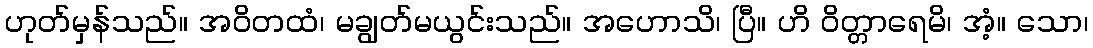
ဟုတ်မှန်သည်။ အဝိတထံ၊ မချွတ်မယွင်းသည်။ အဟောသိ၊ ပြီ။ ဟိ ဝိတ္တာရေမိ၊ အံ့။ သော၊